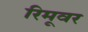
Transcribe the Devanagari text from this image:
रिमूवर